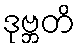
ဒုဗ္ဘတိ